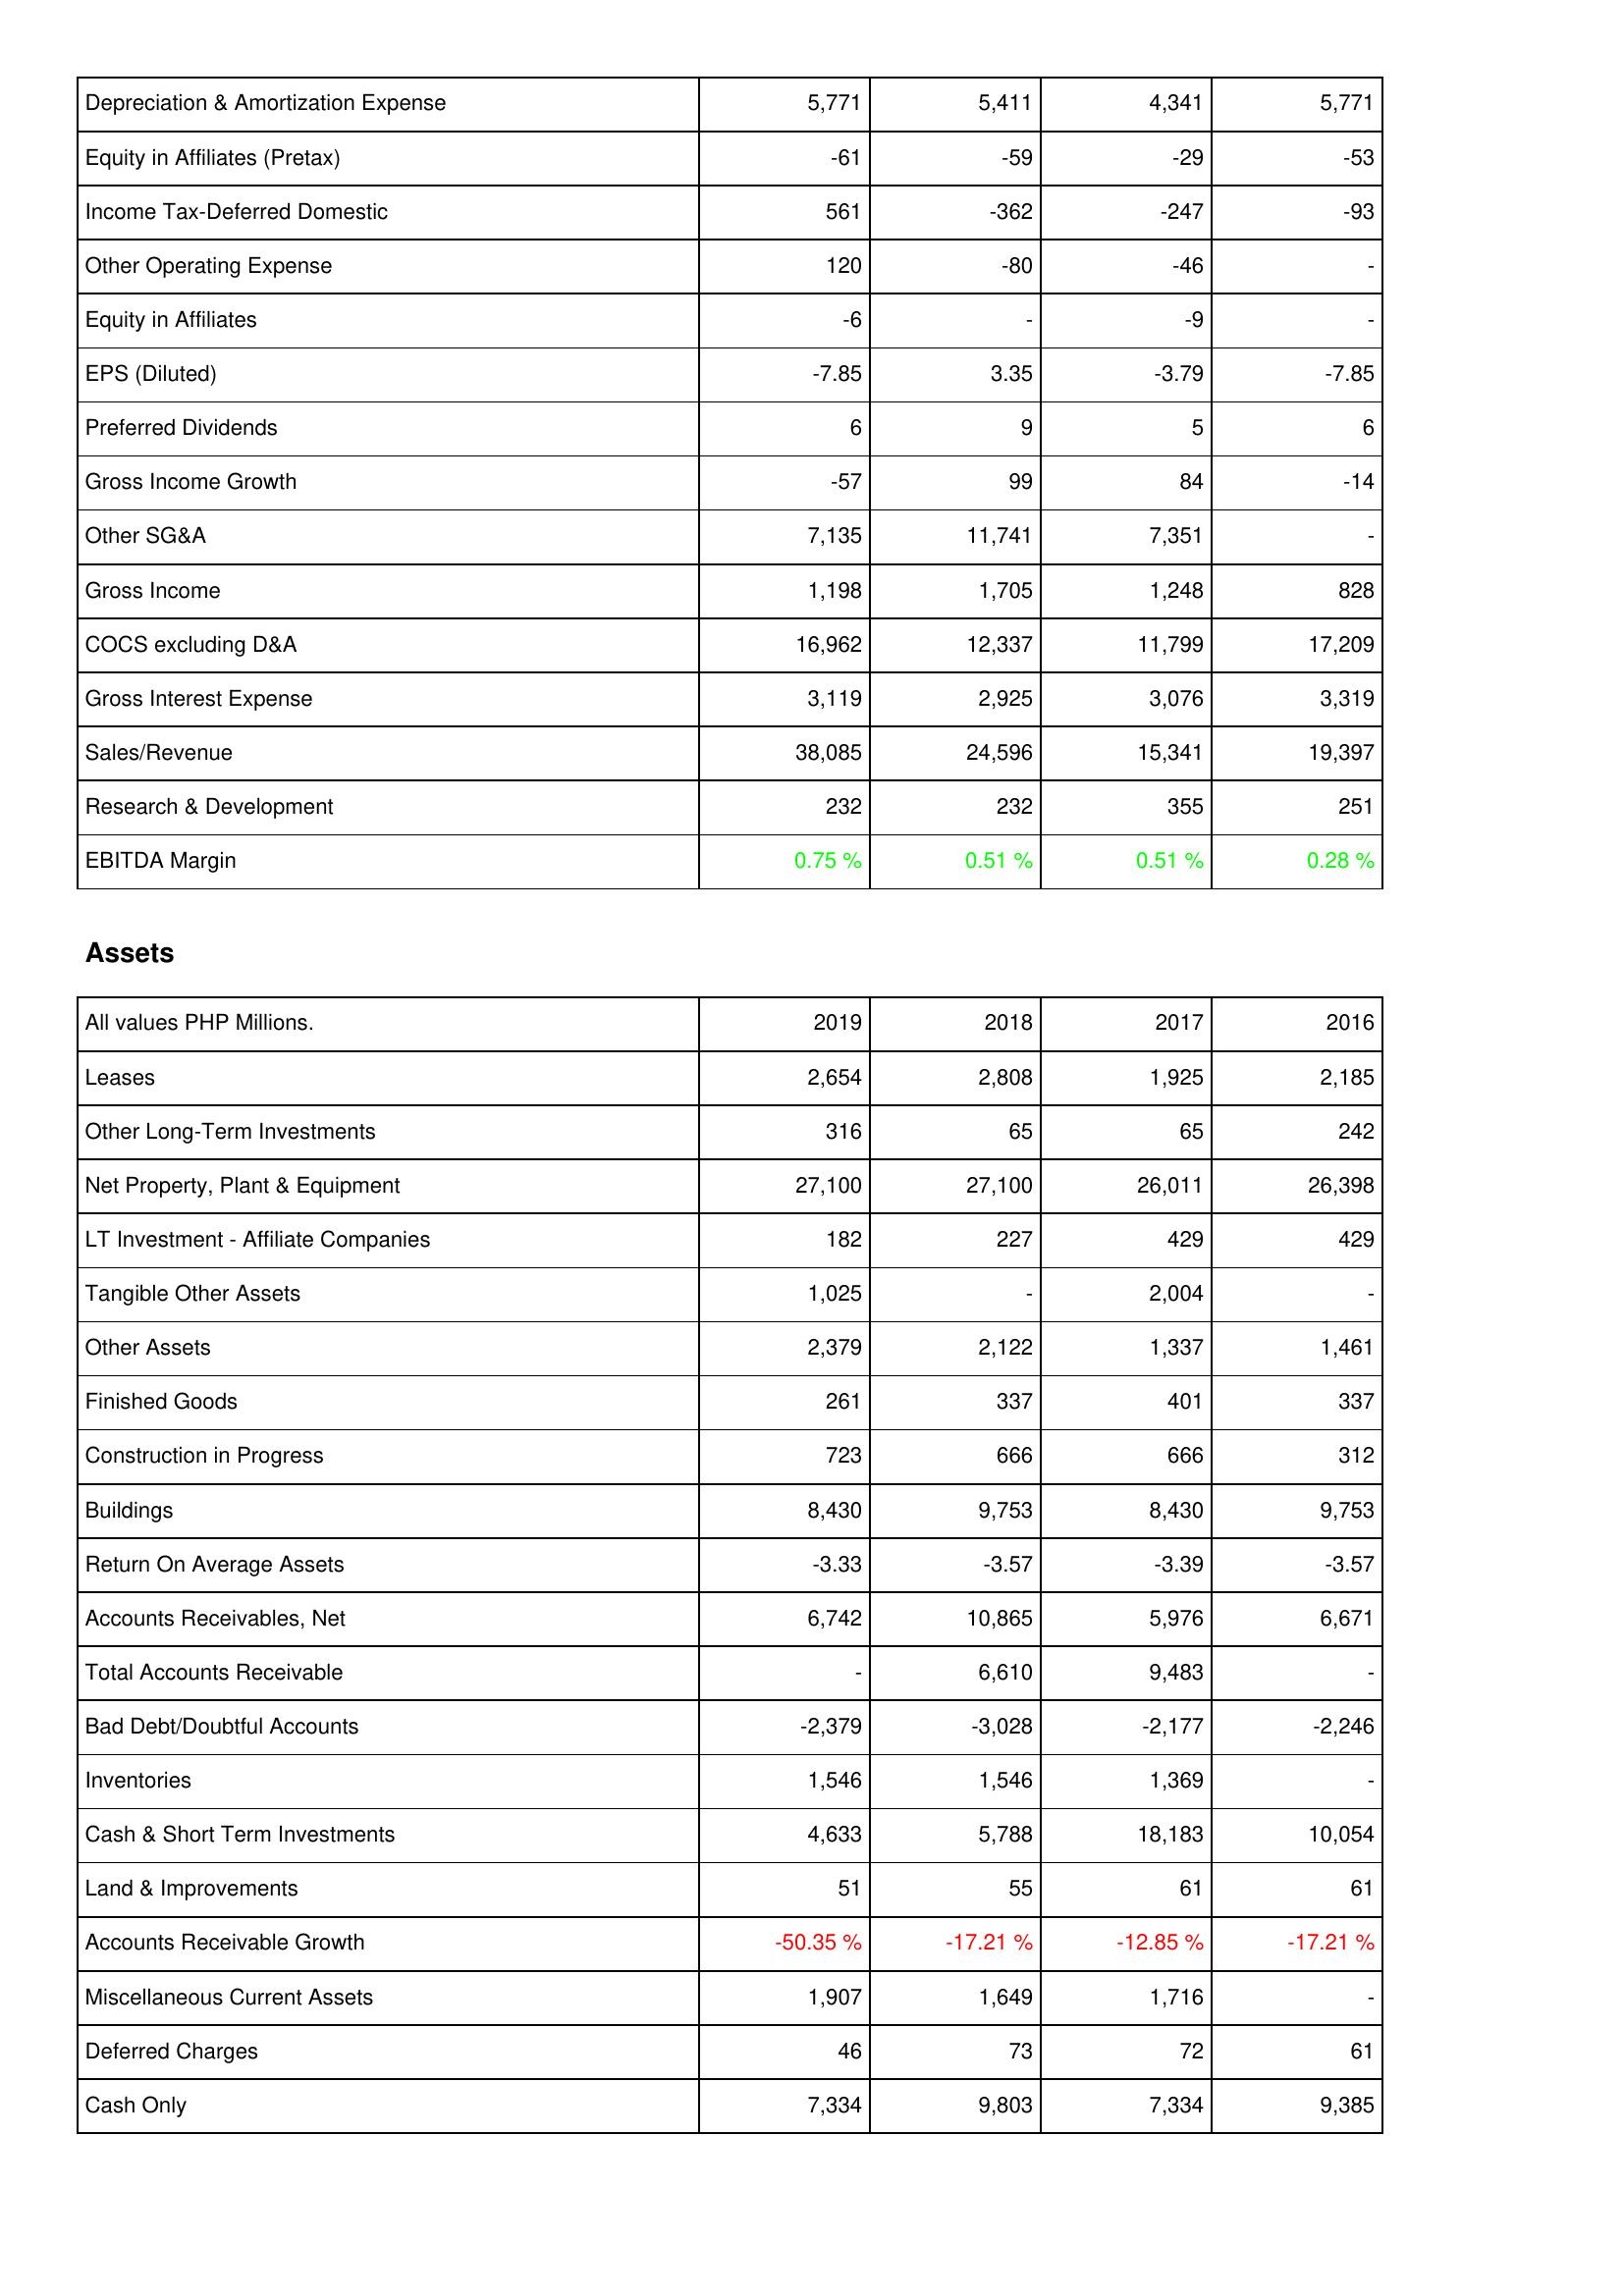
2019: Income Statement: Depreciation & Amortization Expense: 5,771
Equity in Affiliates (Pretax): -61
Income Tax-Deferred Domestic: 561
Other Operating Expense: 120
Equity in Affiliates: -6
EPS (Diluted): -7.85
Preferred Dividends: 6
Gross Income Growth: -57
Other SG&A: 7,135
Gross Income: 1,198
COCS excluding D&A: 16,962
Gross Interest Expense: 3,119
Sales/Revenue: 38,085
Research & Development: 232
EBITDA Margin: 0.75 %
Assets: Leases: 2,654
Other Long-Term Investments: 316
Net Property, Plant & Equipment: 27,100
LT Investment - Affiliate Companies: 182
Tangible Other Assets: 1,025
Other Assets: 2,379
Finished Goods: 261
Construction in Progress: 723
Buildings: 8,430
Return On Average Assets: -3.33
Accounts Receivables, Net: 6,742
Total Accounts Receivable: -
Bad Debt/Doubtful Accounts: -2,379
Inventories: 1,546
Cash & Short Term Investments: 4,633
Land & Improvements: 51
Accounts Receivable Growth: -50.35 %
Miscellaneous Current Assets: 1,907
Deferred Charges: 46
Cash Only: 7,334
2018: Income Statement: Depreciation & Amortization Expense: 5,411
Equity in Affiliates (Pretax): -59
Income Tax-Deferred Domestic: -362
Other Operating Expense: -80
Equity in Affiliates: -
EPS (Diluted): 3.35
Preferred Dividends: 9
Gross Income Growth: 99
Other SG&A: 11,741
Gross Income: 1,705
COCS excluding D&A: 12,337
Gross Interest Expense: 2,925
Sales/Revenue: 24,596
Research & Development: 232
EBITDA Margin: 0.51 %
Assets: Leases: 2,808
Other Long-Term Investments: 65
Net Property, Plant & Equipment: 27,100
LT Investment - Affiliate Companies: 227
Tangible Other Assets: -
Other Assets: 2,122
Finished Goods: 337
Construction in Progress: 666
Buildings: 9,753
Return On Average Assets: -3.57
Accounts Receivables, Net: 10,865
Total Accounts Receivable: 6,610
Bad Debt/Doubtful Accounts: -3,028
Inventories: 1,546
Cash & Short Term Investments: 5,788
Land & Improvements: 55
Accounts Receivable Growth: -17.21 %
Miscellaneous Current Assets: 1,649
Deferred Charges: 73
Cash Only: 9,803
2017: Income Statement: Depreciation & Amortization Expense: 4,341
Equity in Affiliates (Pretax): -29
Income Tax-Deferred Domestic: -247
Other Operating Expense: -46
Equity in Affiliates: -9
EPS (Diluted): -3.79
Preferred Dividends: 5
Gross Income Growth: 84
Other SG&A: 7,351
Gross Income: 1,248
COCS excluding D&A: 11,799
Gross Interest Expense: 3,076
Sales/Revenue: 15,341
Research & Development: 355
EBITDA Margin: 0.51 %
Assets: Leases: 1,925
Other Long-Term Investments: 65
Net Property, Plant & Equipment: 26,011
LT Investment - Affiliate Companies: 429
Tangible Other Assets: 2,004
Other Assets: 1,337
Finished Goods: 401
Construction in Progress: 666
Buildings: 8,430
Return On Average Assets: -3.39
Accounts Receivables, Net: 5,976
Total Accounts Receivable: 9,483
Bad Debt/Doubtful Accounts: -2,177
Inventories: 1,369
Cash & Short Term Investments: 18,183
Land & Improvements: 61
Accounts Receivable Growth: -12.85 %
Miscellaneous Current Assets: 1,716
Deferred Charges: 72
Cash Only: 7,334
2016: Income Statement: Depreciation & Amortization Expense: 5,771
Equity in Affiliates (Pretax): -53
Income Tax-Deferred Domestic: -93
Other Operating Expense: -
Equity in Affiliates: -
EPS (Diluted): -7.85
Preferred Dividends: 6
Gross Income Growth: -14
Other SG&A: -
Gross Income: 828
COCS excluding D&A: 17,209
Gross Interest Expense: 3,319
Sales/Revenue: 19,397
Research & Development: 251
EBITDA Margin: 0.28 %
Assets: Leases: 2,185
Other Long-Term Investments: 242
Net Property, Plant & Equipment: 26,398
LT Investment - Affiliate Companies: 429
Tangible Other Assets: -
Other Assets: 1,461
Finished Goods: 337
Construction in Progress: 312
Buildings: 9,753
Return On Average Assets: -3.57
Accounts Receivables, Net: 6,671
Total Accounts Receivable: -
Bad Debt/Doubtful Accounts: -2,246
Inventories: -
Cash & Short Term Investments: 10,054
Land & Improvements: 61
Accounts Receivable Growth: -17.21 %
Miscellaneous Current Assets: -
Deferred Charges: 61
Cash Only: 9,385